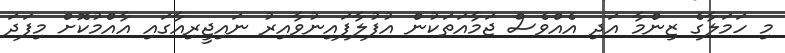
މި ހަމަލާގެ ޒިންމާ އަދި އެއްވެސް ޖަމާއަތަކުން އުފުލާފައިނުވާއިރު ނައިޖީރިއާގައި އާއްމުކޮށް މިފަދަ